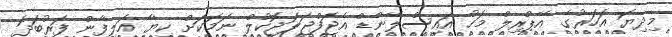
މިދިޔަ އަހަރުގެ އޭޕްރިލް މަހު އައިސްލޭންޑް އެޖަފްޖަލަޖޮކުލް ނަމަކަށް ކިޔާ އަލިފާން ފަރުބަދަ